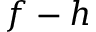
f - h